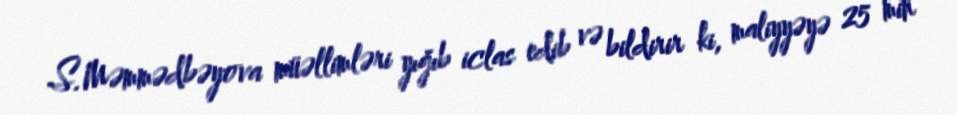
S.Məmmədbəyova müəllimləri yığıb iclas edib və bildirir ki, maliyyəyə 25 min